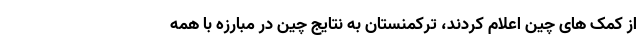
از کمک های چین اعلام کردند، ترکمنستان به نتایج چین در مبارزه با همه